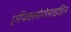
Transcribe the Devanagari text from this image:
एपिक्लोरोङाइड्रिन